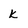
Character: k